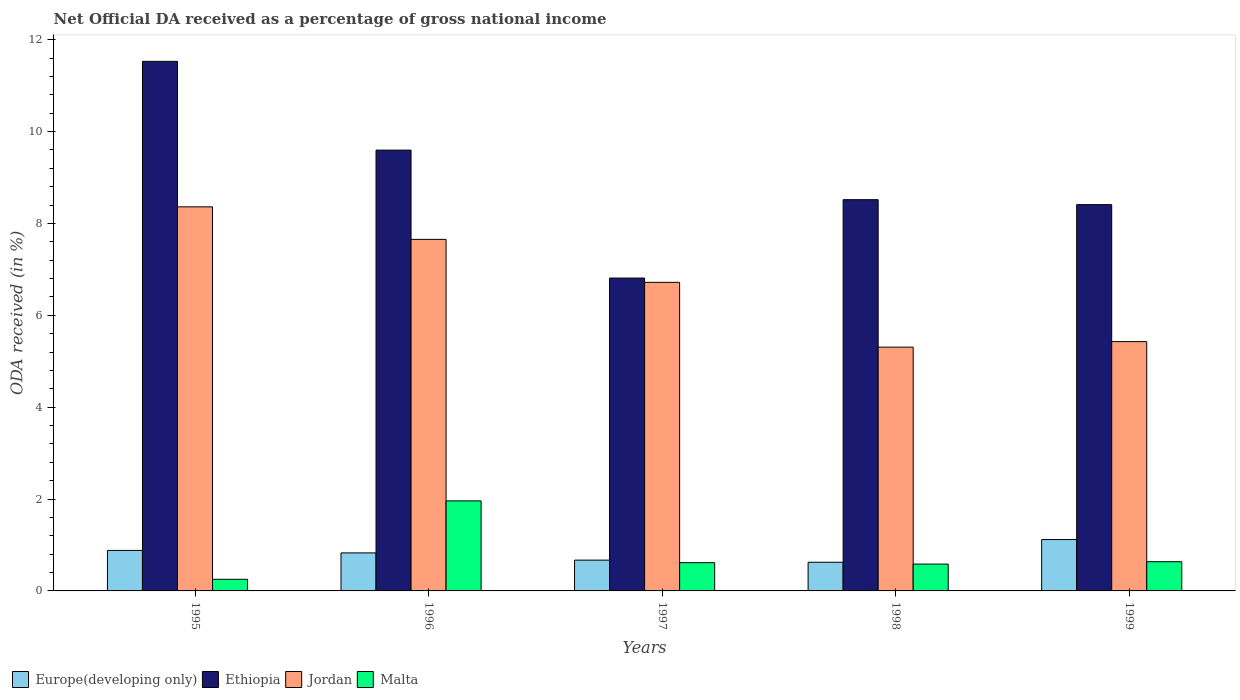
| Years | Europe(developing only) | Ethiopia | Jordan | Malta |
 | --- | --- | --- | --- | --- |
 | 1995 | 0.881 | 11.5 | 8.36 | 0.253 |
 | 1996 | 0.828 | 9.6 | 7.65 | 1.96 |
 | 1997 | 0.67 | 6.81 | 6.72 | 0.615 |
 | 1998 | 0.624 | 8.52 | 5.31 | 0.584 |
 | 1999 | 1.12 | 8.41 | 5.43 | 0.636 |